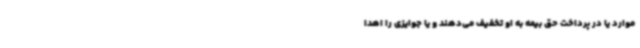
موارد یا در پرداخت حق بیمه به او تخفیف می‌دهند و یا جوایزی را اهدا